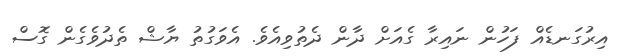
އިރުގަނޑެއް ފަހުން ނައިރާ ގެއަށް ދާން ދެތުވިއެވެ. އެވަގުތު ޔާޝް ތެދުވެގެން ގޮސް